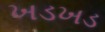
ખડખડ